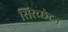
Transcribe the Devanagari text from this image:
सिरच्छेदन